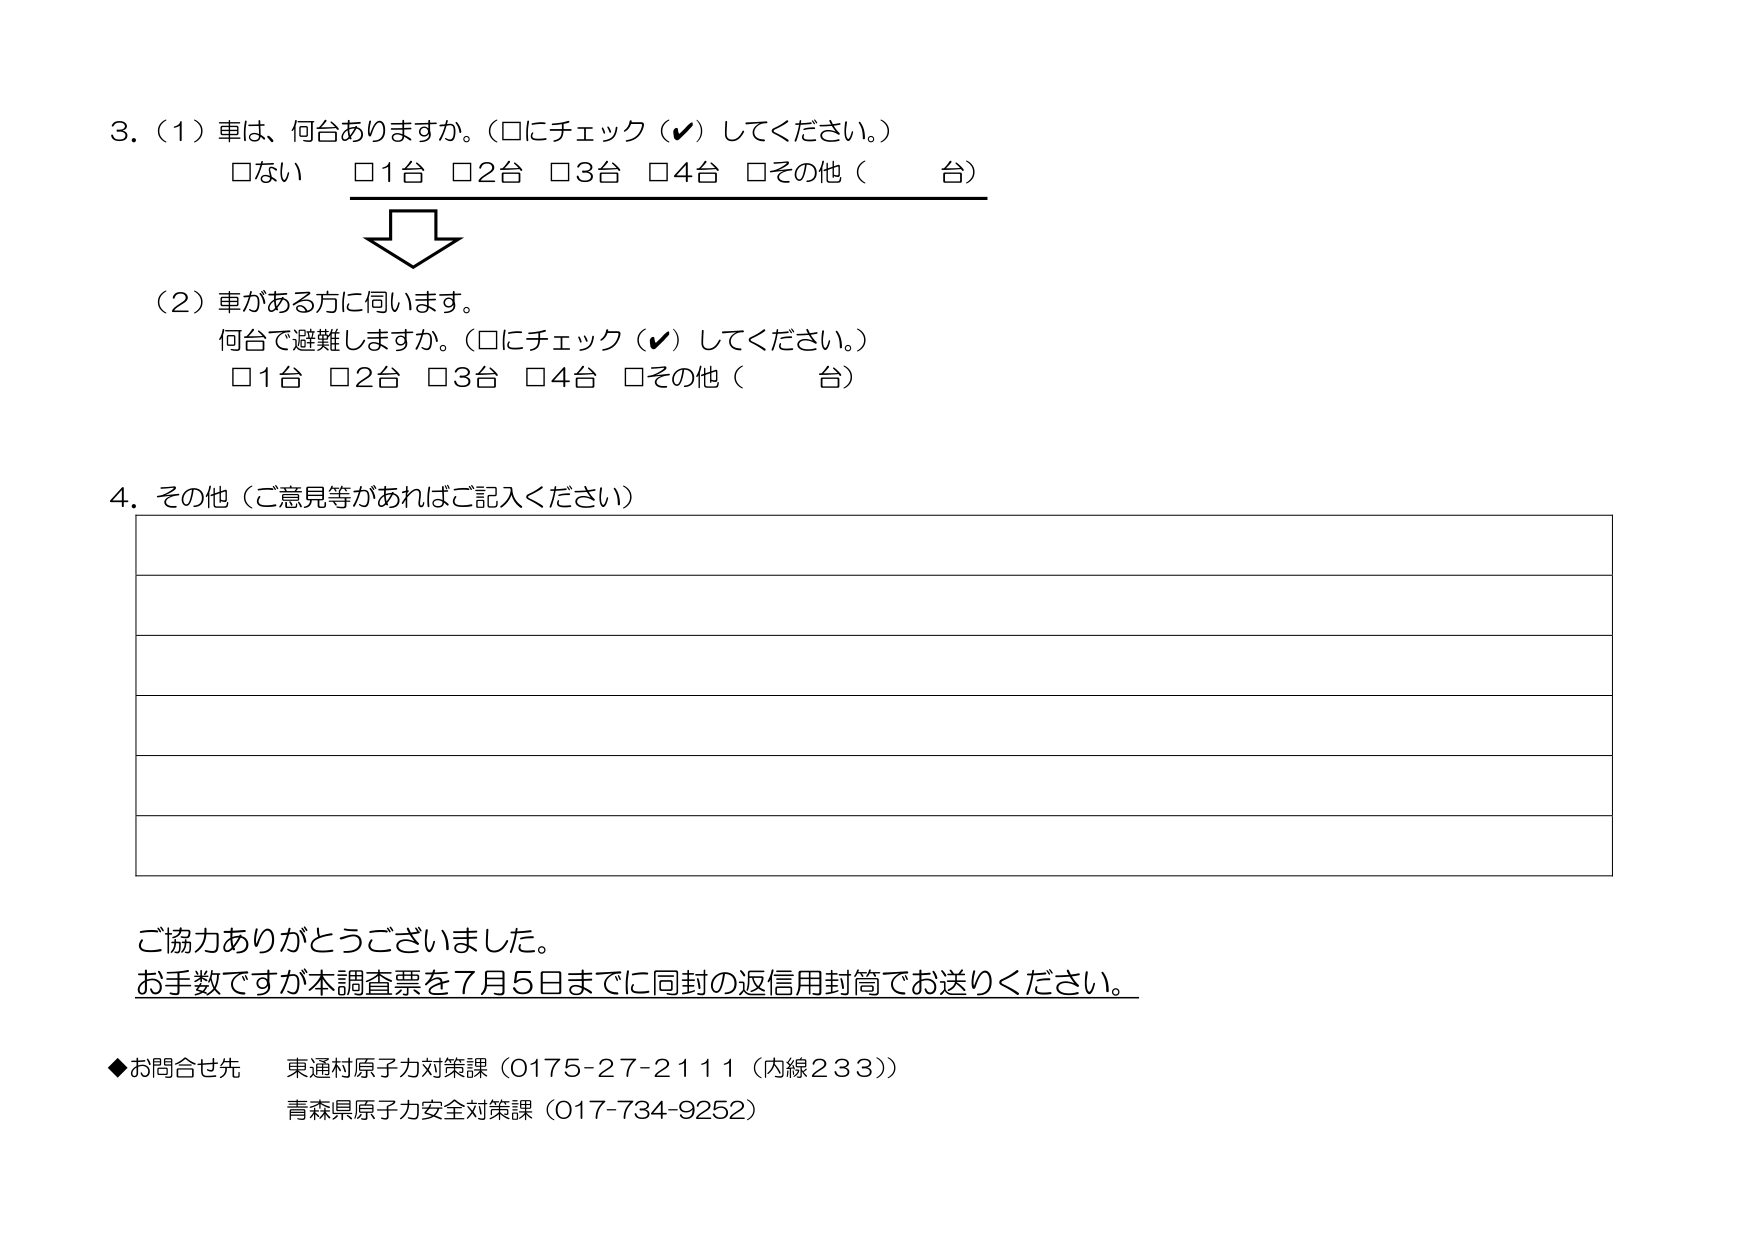
3.（1）車は、何台ありますか。（□にチェック（✔）してください。）
　　□ない　□1台　□2台　□3台　□4台　□その他（　　台）

　　　　↓

（2）車がある方に伺います。
　　何台で避難しますか。（□にチェック（✔）してください。）
　　□1台　□2台　□3台　□4台　□その他（　　台）

4. その他（ご意見等があればご記入ください）